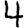
Digit: 4